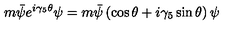
m \bar { \psi } e ^ { i \gamma _ { 5 } \theta } \psi = m \bar { \psi } \left( \cos \theta + i \gamma _ { 5 } \sin \theta \right) \psi